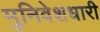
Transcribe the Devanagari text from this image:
मुनिवेशधारी